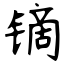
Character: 镝